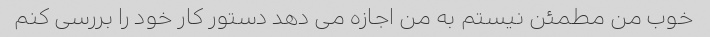
خوب من مطمئن نیستم به من اجازه می دهد دستور کار خود را بررسی کنم